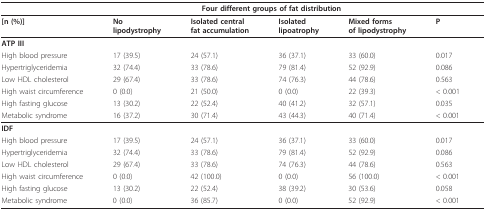
<table><thead><tr><td></td><td colspan="4"><b>Four different groups of fat distribution</b></td><td></td></tr></thead><tbody><tr><td><b>[n (%)]</b></td><td><b>No</b><b>lipodystrophy</b></td><td><b>Isolated central</b><b>fat accumulation</b></td><td><b>Isolated</b><b>lipoatrophy</b></td><td><b>Mixed forms</b><b>of lipodystrophy</b></td><td><b>P</b></td></tr><tr><td><b>ATP III</b></td><td></td><td></td><td></td><td></td><td></td></tr><tr><td>High blood pressure</td><td>17 (39.5)</td><td>24 (57.1)</td><td>36 (37.1)</td><td>33 (60.0)</td><td>0.017</td></tr><tr><td>Hypertriglyceridemia</td><td>32 (74.4)</td><td>33 (78.6)</td><td>79 (81.4)</td><td>52 (92.9)</td><td>0.086</td></tr><tr><td>Low HDL cholesterol</td><td>29 (67.4)</td><td>33 (78.6)</td><td>74 (76.3)</td><td>44 (78.6)</td><td>0.563</td></tr><tr><td>High waist circumference</td><td>0 (0.0)</td><td>21 (50.0)</td><td>0 (0.0)</td><td>22 (39.3)</td><td>&lt; 0.001</td></tr><tr><td>High fasting glucose</td><td>13 (30.2)</td><td>22 (52.4)</td><td>40 (41.2)</td><td>32 (57.1)</td><td>0.035</td></tr><tr><td>Metabolic syndrome</td><td>16 (37.2)</td><td>30 (71.4)</td><td>43 (44.3)</td><td>40 (71.4)</td><td>&lt; 0.001</td></tr><tr><td colspan="6"><b>IDF</b></td></tr><tr><td>High blood pressure</td><td>17 (39.5)</td><td>24 (57.1)</td><td>36 (37.1)</td><td>33 (60.0)</td><td>0.017</td></tr><tr><td>Hypertriglyceridemia</td><td>32 (74.4)</td><td>33 (78.6)</td><td>79 (81.4)</td><td>52 (92.9)</td><td>0.086</td></tr><tr><td>Low HDL cholesterol</td><td>29 (67.4)</td><td>33 (78.6)</td><td>74 (76.3)</td><td>44 (78.6)</td><td>0.563</td></tr><tr><td>High waist circumference</td><td>0 (0.0)</td><td>42 (100.0)</td><td>0 (0.0)</td><td>56 (100.0)</td><td>&lt; 0.001</td></tr><tr><td>High fasting glucose</td><td>13 (30.2)</td><td>22 (52.4)</td><td>38 (39.2)</td><td>30 (53.6)</td><td>0.058</td></tr><tr><td>Metabolic syndrome</td><td>0 (0.0)</td><td>36 (85.7)</td><td>0 (0.0)</td><td>52 (92.9)</td><td>&lt; 0.001</td></tr></tbody></table>